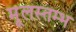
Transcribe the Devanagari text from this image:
मूलस्तम्भ